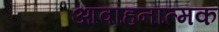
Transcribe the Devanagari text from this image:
आवाहनात्मक